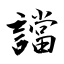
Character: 譡